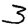
Digit: 3